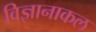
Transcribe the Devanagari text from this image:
विज्ञानाकल